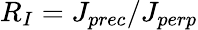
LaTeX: R_{I}=J_{prec}/J_{perp}